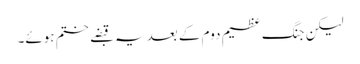
لیکن جنگ عظیم دوم کے بعد یہ قبضے ختم ہوئے۔